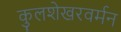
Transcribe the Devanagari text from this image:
कुलशेखरवर्मन